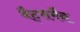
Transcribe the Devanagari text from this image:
बैट्समैन